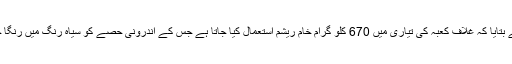
انہوں نے بتایا کہ غلاف کعبہ کی تیاری میں 670 کلو گرام خام ریشم استعمال کیا جاتا ہے جس کے اندرونی حصے کو سیاہ رنگ میں رنگا جاتا ہے۔